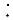
: